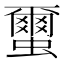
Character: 蠒